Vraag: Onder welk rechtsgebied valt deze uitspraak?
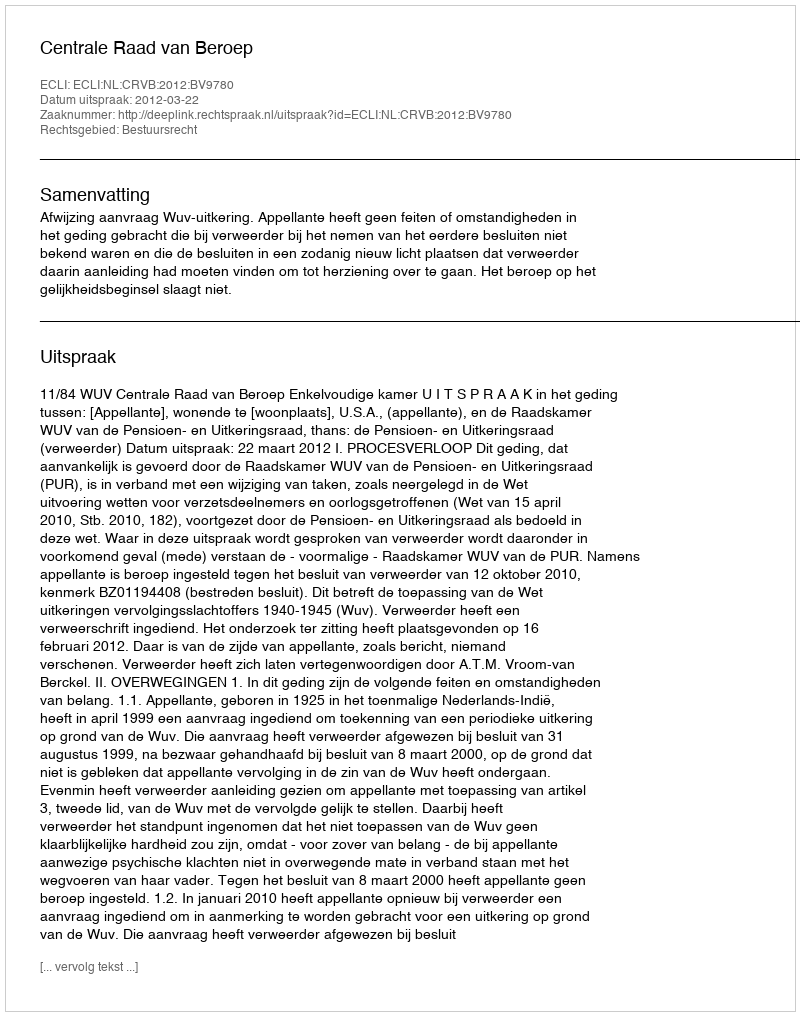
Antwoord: Bestuursrecht